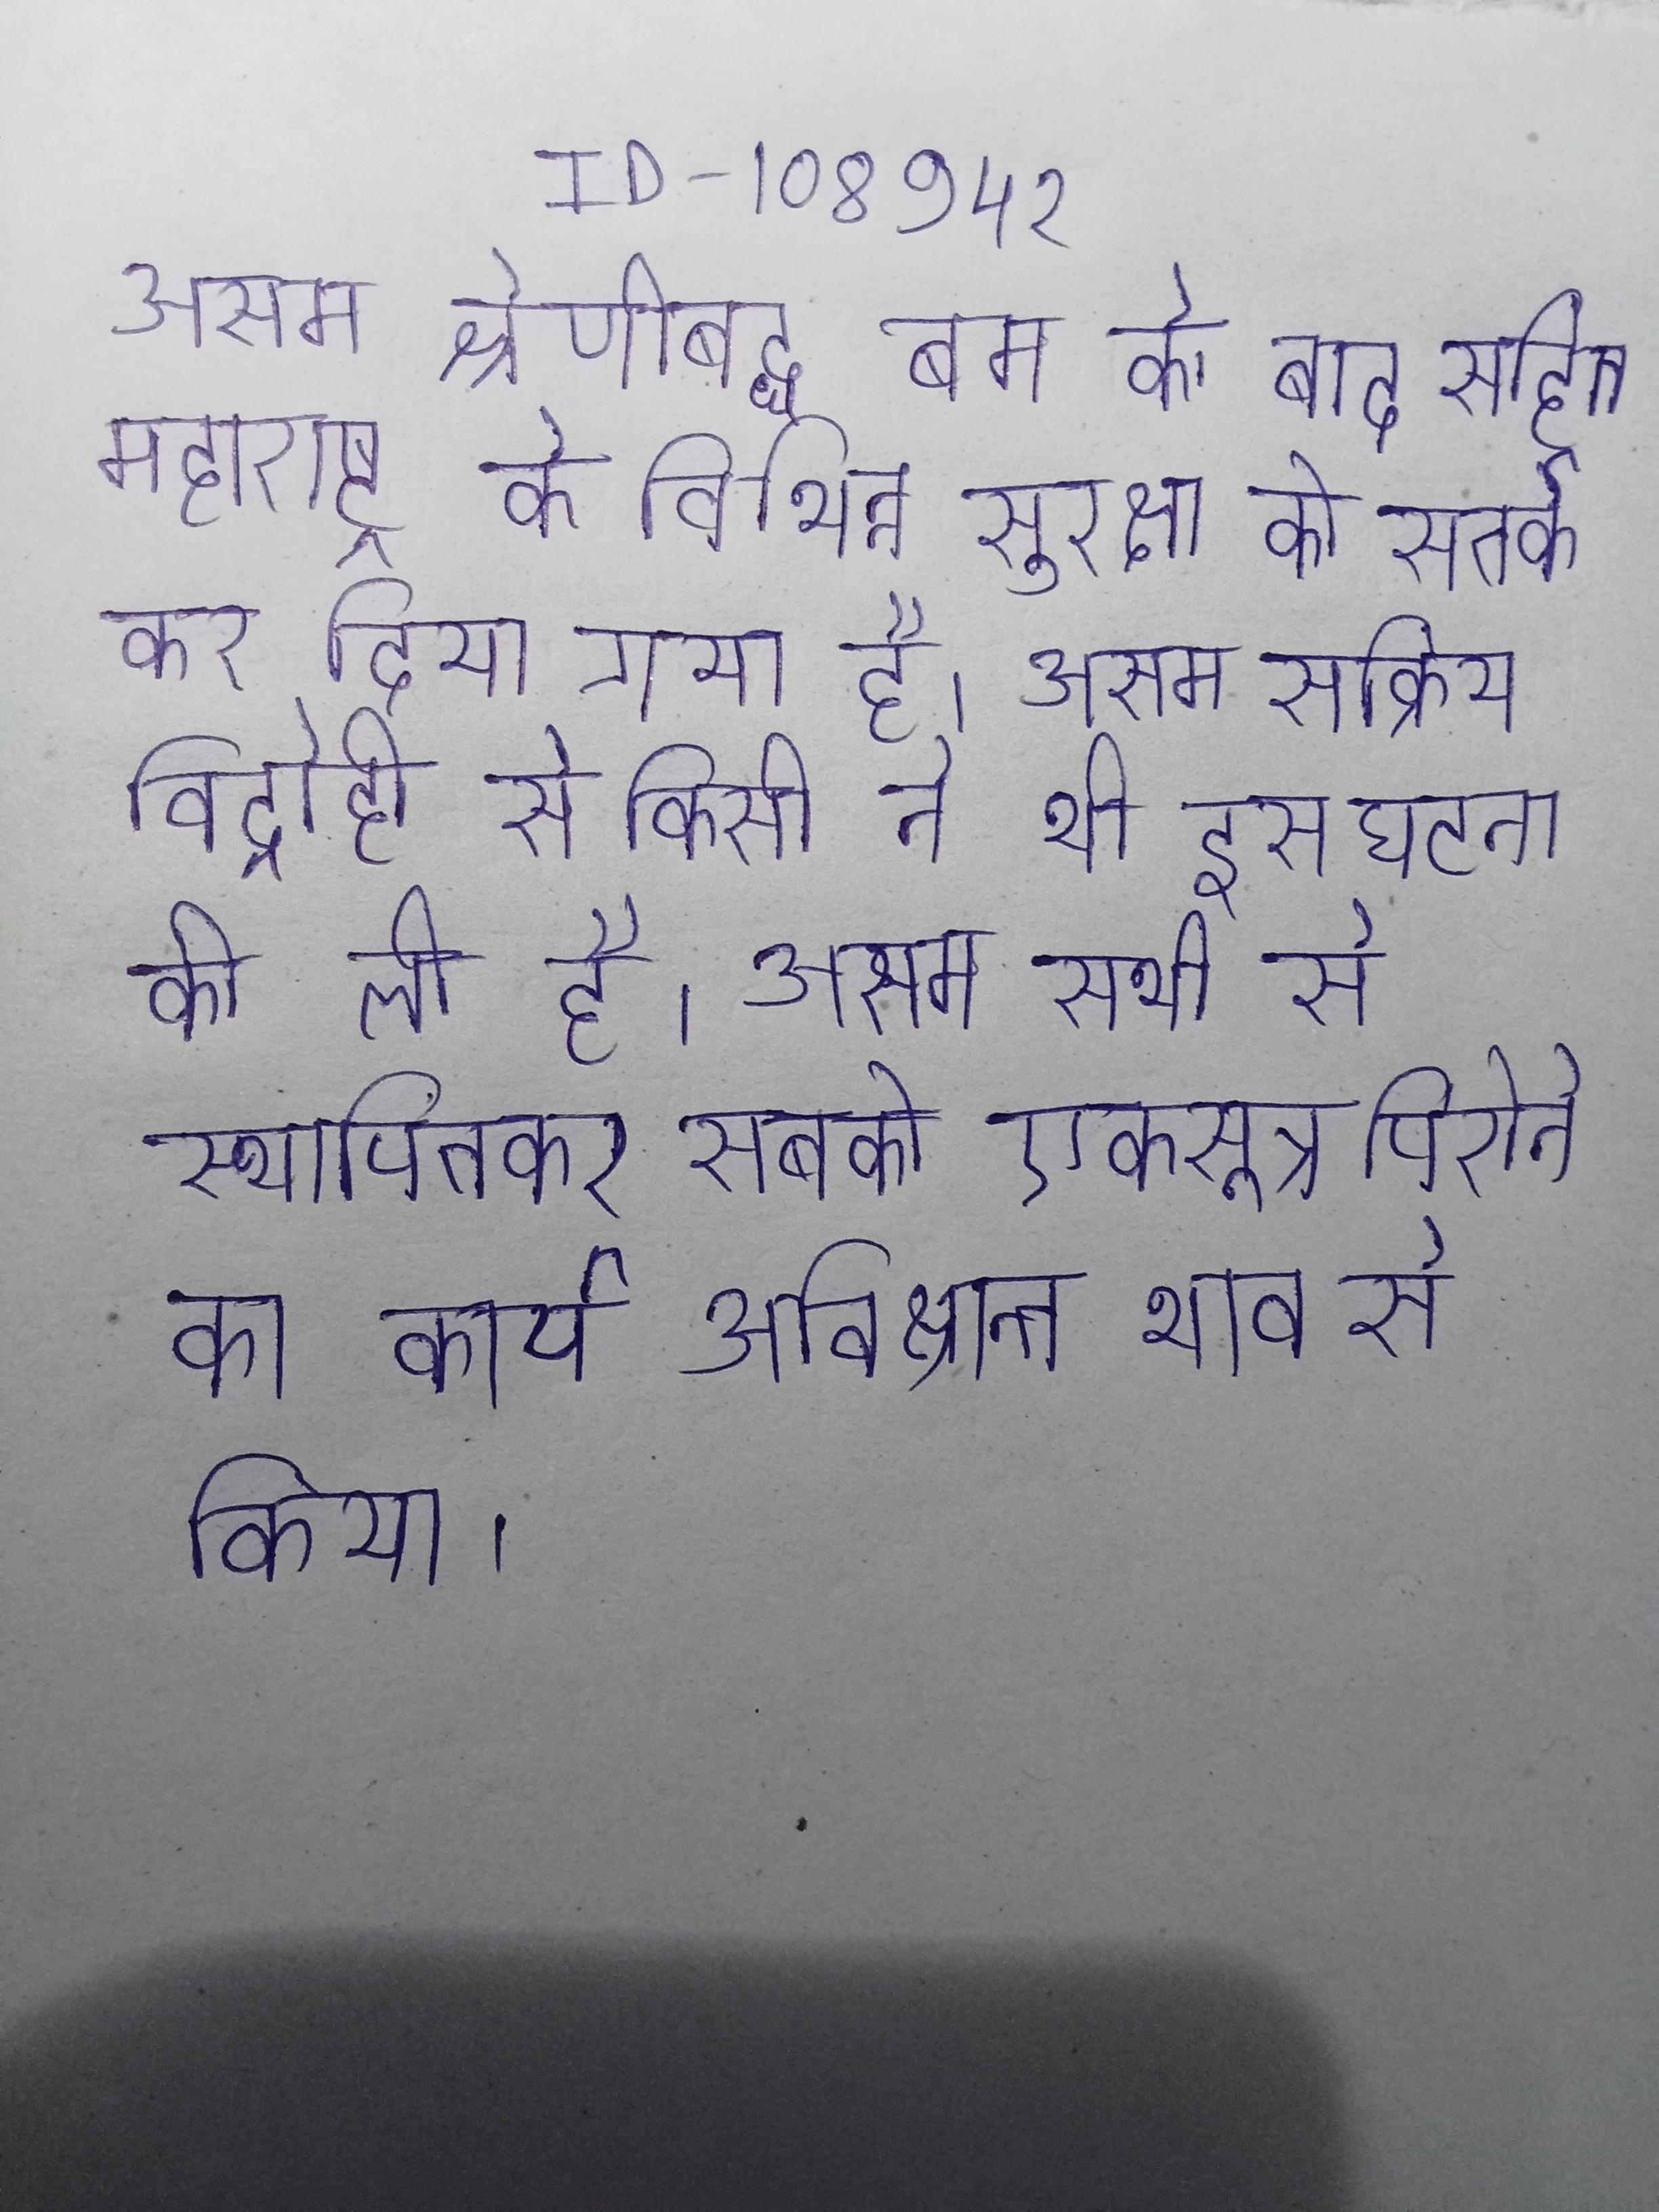
असम श्रेणीबद्ध बम के बाद सहित महाराष्ट्र के विभिन्न सुरक्षा को सतर्क कर दिया गया है । असम सक्रिय विद्रोही से किसी ने भी इस घटना की ली है । असम सभी से स्थापितकर सबको एकसूत्र पिरोने का कार्य अविश्रान्त भाव से किया ।